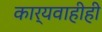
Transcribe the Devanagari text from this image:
कार्यवाहीही